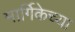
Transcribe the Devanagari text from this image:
मार्गिकेच्या